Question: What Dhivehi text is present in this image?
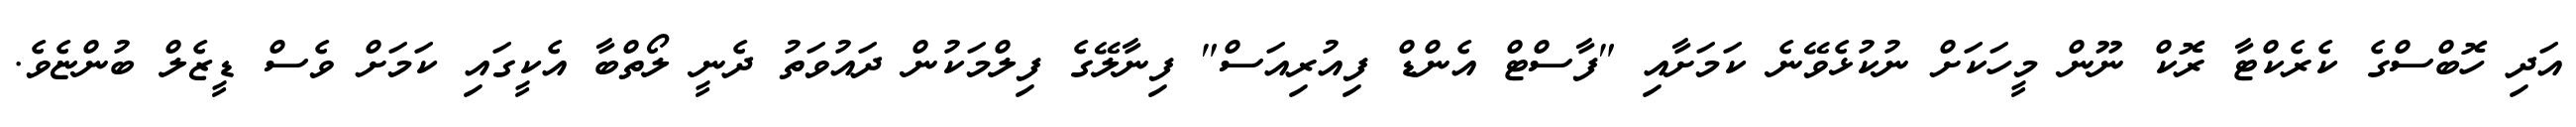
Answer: އަދި ހޮބްސްގެ ކެރެކްޓާ ރޮކް ނޫން މީހަކަށް ނުކުޅެވޭނެ ކަމަށާއި "ފާސްޓް އެންޑް ފިއުރިއަސް" ފިނާލޭގެ ފިލްމަކުން ދައުވަތު ދެނީ ލޯތްބާ އެކީގައި ކަމަށް ވެސް ޑީޒެލް ބުންޏެވެ.